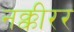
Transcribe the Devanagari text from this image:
नक्कीरर